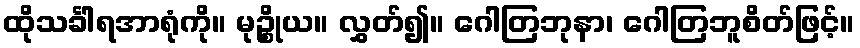
ထိုသင်္ခါရအာရုံကို။ မုဉ္စိုယ။ လွှတ်၍။ ဂေါတြဘုနာ၊ ဂေါတြဘူစိတ်ဖြင့်။